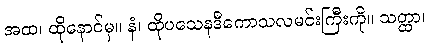
အထ၊ ထိုနောင်မှ။ နံ၊ ထိုပသေနဒီကောသလမင်းကြီးကို။ သတ္ထာ၊